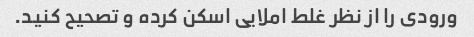
ورودی را از نظر غلط املایی اسکن کرده و تصحیح کنید.